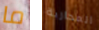
ما المحاربة